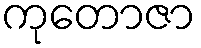
ကုတောဇာ